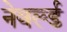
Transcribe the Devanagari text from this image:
नेवर्ल्ड